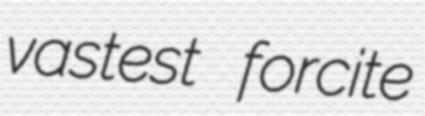
vastest forcite